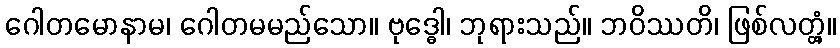
ဂေါတမောနာမ၊ ဂေါတမမည်သော။ ဗုဒ္ဓေါ၊ ဘုရားသည်။ ဘဝိဿတိ၊ ဖြစ်လတ္တံ့။